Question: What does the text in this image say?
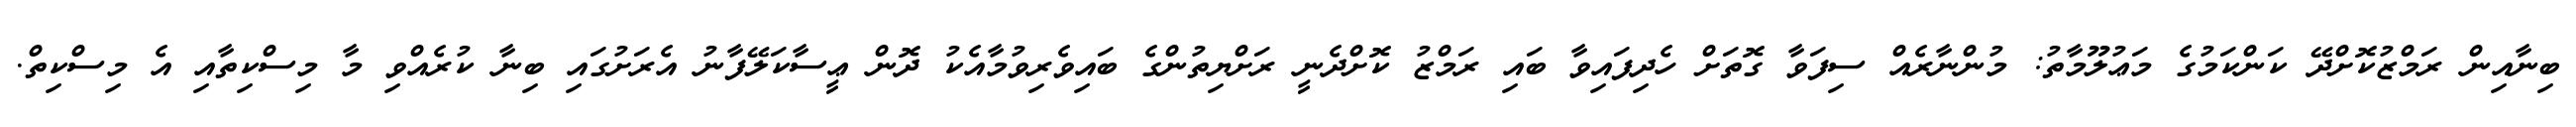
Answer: ބިނާއިން ރަމްޒުކޮށްދޭ ކަންކަމުގެ މަޢުލޫމާތު: މުންނާރެއް ސިފަވާ ގޮތަށް ހެދިފައިވާ ބައި ރަމްޒު ކޮށްދެނީ ރަށްޔިތުންގެ ބައިވެރިވުމާއެކު ދޮން ޢީސާކަލޭފާނު އެރަށުގައި ބިނާ ކުރެއްވި މާ މިސްކިތާއި އެ މިސްކިތް.